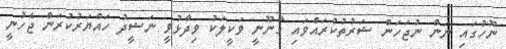
ނޫހުގައި ނަން ނުޖަހަން ޝަރުތުކުރައްވައި ގާނޫނީ ވަކީލަކު ވިދާޅުވީ ނަޝީދު ހައްޔަރުކުރަން ޖެހުނީ